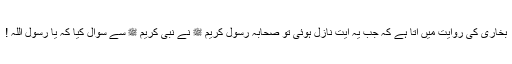
بخاری کی روایت میں آتا ہے کہ جب یہ آیت نازل ہوئی تو صحابہ رسول کریم ﷺ نے نبی کریم ﷺ سے سوال کیا کہ یا رسول اللہ !